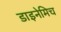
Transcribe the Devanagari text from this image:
डाइनेमिच